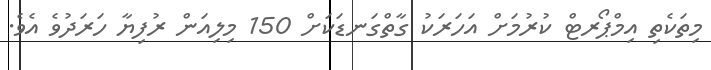
މިތަކެތި އިމްޕޯރޓް ކުރުމަށް އަހަރަކު ގާތްގަނޑަކަށް 150 މިލިއަން ރުފިޔާ ހަރަދުވެ އެވެ.